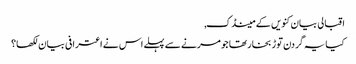
اقبالی بیان کنویں کے مینڈک,
کیا یہ گردن توڑ بخار تھا جو مرنے سے پہلے اس نے اعترافی بیان لکھا؟